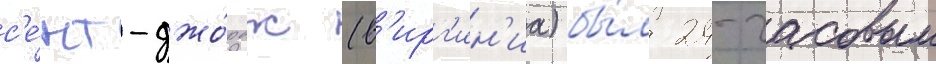
с'е́нт-джо́рдж (в'ирг'ин'иа) бы́л 24-часовым